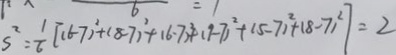
S ^ { 2 } = \frac { 1 } { 6 } [ ( 6 - 7 ) ^ { 2 } + ( 8 - 7 ) ^ { 2 } + ( 6 - 7 ) ^ { 2 } + ( 9 - 7 ) ^ { 2 } + ( 5 - 7 ) ^ { 2 } + ( 8 - 7 ) ^ { 2 } ] = 2